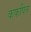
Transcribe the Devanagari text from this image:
कफपित्त